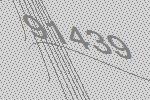
91439